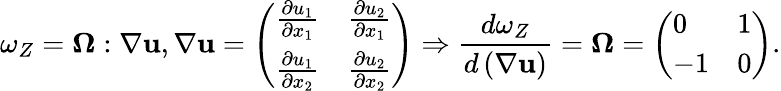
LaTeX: \omega_{Z}=\mathbf{\Omega}:\nabla\mathbf{u},\nabla\mathbf{u}=\left(\begin{array}{ll}{\frac{\partial u_{1}}{\partial x_{1}}}&{\frac{\partial u_{2}}{\partial x_{1}}}\\ {\frac{\partial u_{1}}{\partial x_{2}}}&{\frac{\partial u_{2}}{\partial x_{2}}}\end{array}\right)\Rightarrow\frac{d\omega_{Z}}{d\left(\nabla\mathbf{u}\right)}=\mathbf{\Omega}=\left(\begin{array}{ll}{0}&{1}\\ {-1}&{0}\end{array}\right).